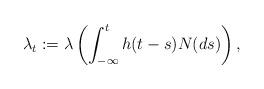
LaTeX: \begin{align*}\lambda_{t}:=\lambda\left(\int_{-\infty}^{t}h(t-s)N(ds)\right),\end{align*}